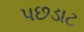
પછડાટ